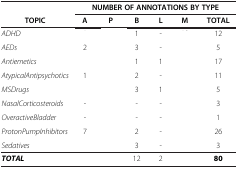
<table><thead><tr><td>[EMPTY_CELL]</td><td colspan="6"><b>NUMBER OF ANNOTATIONS BY TYPE</b></td></tr><tr><td><b>TOPIC</b></td><td><b>A</b></td><td><b>P</b></td><td><b>B</b></td><td><b>L</b></td><td><b>M</b></td><td><b>TOTAL</b></td></tr></thead><tbody><tr><td><i>ADHD</i></td><td>[EMPTY_CELL]</td><td>[EMPTY_CELL]</td><td>1</td><td>-</td><td>[EMPTY_CELL]</td><td>12</td></tr><tr><td><i>AEDs</i></td><td>2</td><td>[EMPTY_CELL]</td><td>3</td><td>-</td><td>[EMPTY_CELL]</td><td>5</td></tr><tr><td><i>Antiemetics</i></td><td>[EMPTY_CELL]</td><td>[EMPTY_CELL]</td><td>1</td><td>1</td><td>[EMPTY_CELL]</td><td>17</td></tr><tr><td><i>AtypicalAntipsychotics</i></td><td>1</td><td>[EMPTY_CELL]</td><td>2</td><td>-</td><td>[EMPTY_CELL]</td><td>11</td></tr><tr><td><i>MSDrugs</i></td><td>[EMPTY_CELL]</td><td>[EMPTY_CELL]</td><td>3</td><td>1</td><td>[EMPTY_CELL]</td><td>5</td></tr><tr><td><i>NasalCorticosteroids</i></td><td>-</td><td>[EMPTY_CELL]</td><td>-</td><td>-</td><td>[EMPTY_CELL]</td><td>3</td></tr><tr><td><i>OveractiveBladder</i></td><td>-</td><td>[EMPTY_CELL]</td><td>-</td><td>-</td><td>[EMPTY_CELL]</td><td>1</td></tr><tr><td><i>ProtonPumpInhibitors</i></td><td>7</td><td>[EMPTY_CELL]</td><td>2</td><td>-</td><td>[EMPTY_CELL]</td><td>26</td></tr><tr><td><i>Sedatives</i></td><td>[EMPTY_CELL]</td><td>[EMPTY_CELL]</td><td>3</td><td>-</td><td>[EMPTY_CELL]</td><td>3</td></tr><tr><td><b><i>TOTAL</i></b></td><td>[EMPTY_CELL]</td><td>[EMPTY_CELL]</td><td>12</td><td>2</td><td>[EMPTY_CELL]</td><td><b>80</b></td></tr></tbody></table>